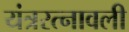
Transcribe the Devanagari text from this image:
यंत्ररत्नावली